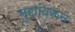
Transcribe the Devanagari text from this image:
मुद्यांवरून